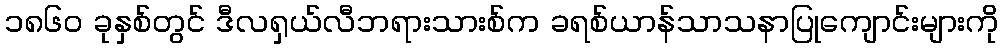
၁၈၆၀ ခုနှစ်တွင် ဒီလရှယ်လီဘရားသားစ်က ခရစ်ယာန်သာသနာပြုကျောင်းများကို